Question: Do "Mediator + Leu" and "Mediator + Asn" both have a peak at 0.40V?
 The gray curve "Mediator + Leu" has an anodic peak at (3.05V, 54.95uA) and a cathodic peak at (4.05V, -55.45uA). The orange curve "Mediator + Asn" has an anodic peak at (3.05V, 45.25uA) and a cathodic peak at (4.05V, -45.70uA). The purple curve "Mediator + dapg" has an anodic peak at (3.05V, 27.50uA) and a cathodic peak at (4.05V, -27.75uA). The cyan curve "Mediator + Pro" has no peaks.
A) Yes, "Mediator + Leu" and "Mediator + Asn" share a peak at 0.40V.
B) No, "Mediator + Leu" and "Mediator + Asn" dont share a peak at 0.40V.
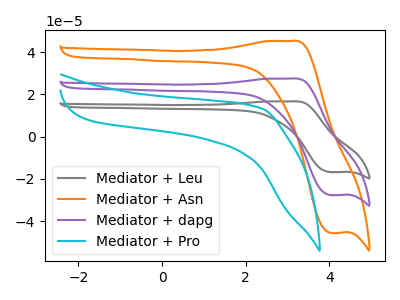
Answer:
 <answer>B) No, "Mediator + Leu" and "Mediator + Asn" dont share a peak at 0.40V.</answer>
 <eval>B</eval>